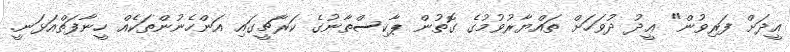
ޢީދަށް ފަރިވުން" ޢީދު ދުވަހަށް ތައްޔާރުވުމުގެ ގޮތުން ޕާކިސްތާނުގެ ކަރާޗީގައި އަންހެނުންތަކެއް ހީނާފަތްއަޅަނީ.